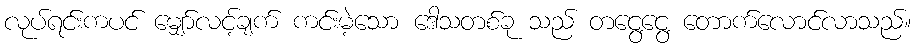
လုပ်ရင်းကပင် မျှော်လင့်ချက် ကင်းမဲ့သော ဒေါသတစ်ခု သည် တငွေ့ငွေ့ တောက်လောင်လာသည်။